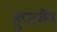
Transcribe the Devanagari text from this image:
हुप्टमैन